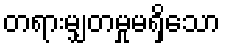
တရားမျှတမှုမရှိသော